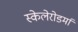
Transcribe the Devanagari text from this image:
स्केलेरोडर्मा